Tezpur Lunatic Asylum reports 1877-1894 - 1877-1894
Year: 1877
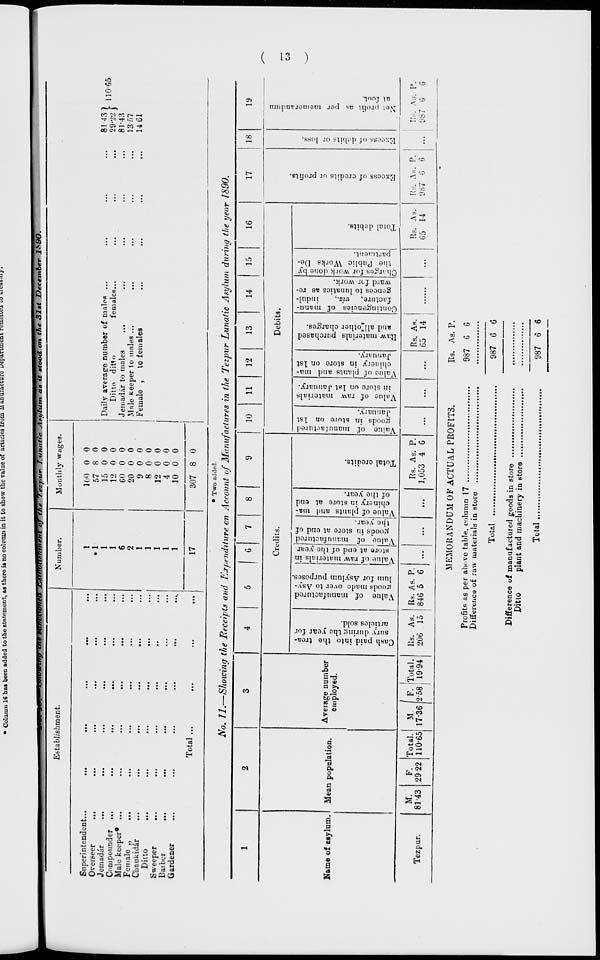
H
c
O re
a
^3 S3 p
e D
w B
if
as »
cs * a -
5 o
-i &>
O
05
P
01
3 •
ba o
a Eh
re B
5 s
<J O)
EL'S
Bo ji
5. •* C
£•""„ 2
-.3
O
a
" C
c 5
o
to
cx>
00
•J
-J
a>
o
o>
o
c
O
H
a
W
o
H
to
GO
CD
cs CO
o ►d
H re
B
►1
00
<z>>
*-
co
K>
to •si
KO
K>
,_ -3
c
O
as BO
Oi
-►
c«;
OS-
os -3
c< oo
CO
C« co
C< -o
CO
■-1 •
OS ~3
a v.
c
i
s,
4
B
I
■ 8
•a
I
o
□
13
•o an
VJ D
<t> B
P*3
cr re
Cash paid into the trea-
sury during the year for
articles sold.
Value of manufactured
jroods made over to Asy-
lum for Asylum purposes.
Value of raw materials in
store at end of the vcnr
Value of manufactured
goods in store at end of
the year.
Value of plants and ma-
chinery in store at end
of the year.
Total credits.
Value of manufactured
1st
January.
goods in btore on
Value of raw materials
in store on 1st January.
Value of plants and ma-
chinery in store on 1st
January.
Raw materials purchased
and all'other charges.
Contingencies of manu-
facture, viz.,
indul-
gences to lunatics as re-
ward for work.
Charges for work done hy
the Puhlic Works De-
partment.
Total debits.
O
re
cr
N>
co
m
co
to
lO
co
**
Ci
OS
Excess of credits or profits.
Excess of debits or loss.
Net profit as per memorandum
at i'out.
co
to
C*
J*
a
cs .-s
o
&
&
o
a
to
s
1
ft.*
C
cs
S
'•I
«i
Oo
V P f
•1
cT= g 2*2
8 § n h
^ o-
o **
OPS
lav-
•1 "
re
O
o.
re
a
o
tn
O 4
re
co
O
CO
»—• l-rf »—>■_■■—>t9 9>HHMM
e
a
cr
re
i
oooooooooooo
ooooooooooo
o
re
CO
a
%- 5 a«7
JT w u<
re
re -i o 3
" *e
•-i
re
P
O o 5 5 ,(B
0 3
M> — re
re 3 X
— 3
y
cr
— CO
5
re .
•-«
a •
e
re 3
c »
re - *
a'
> i
a
2 j
i— — 00 to CO
»*- co -- to —
cs c ; < <i~ ti -u-
^* -J io ic co
o»
C"
I
E
B
i
p.
6*
a
9
c:
o
s-
g
o
o
4
-1
p
p
i
*
p
B
c
C
re
V
S
1
c»
1
M
a>
e
»*
b !»
a
^
»
B
( SI )